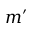
m ^ { \prime }